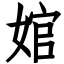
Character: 婠